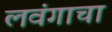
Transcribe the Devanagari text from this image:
लवंगाचा